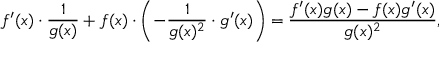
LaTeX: f ^ { \prime } ( x ) \cdot { \frac { 1 } { g ( x ) } } + f ( x ) \cdot \left( - { \frac { 1 } { g ( x ) ^ { 2 } } } \cdot g ^ { \prime } ( x ) \right) = { \frac { f ^ { \prime } ( x ) g ( x ) - f ( x ) g ^ { \prime } ( x ) } { g ( x ) ^ { 2 } } } ,